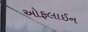
ઓફલાઈન